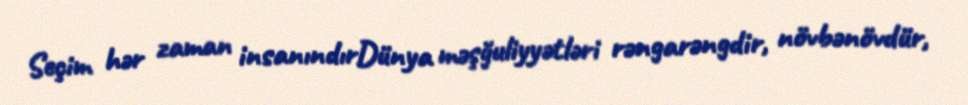
Seçim hər zaman insanındırDünya məşğuliyyətləri rəngarəngdir, növbənövdür,